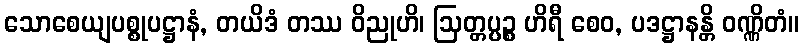
သောစေယျပစ္စုပဋ္ဌာနံ, တယိဒံ တဿ ဝိညုဟိ၊ ဩတ္တပ္ပဉ္စ ဟိရီ စေဝ, ပဒဋ္ဌာနန္တိ ဝဏ္ဏိတံ။